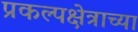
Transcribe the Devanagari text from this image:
प्रकल्पक्षेत्राच्या